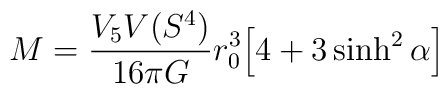
M = \frac{V_5 V(S^{4})}{16 \pi G} r_0^{3}\Big[ 4 + 3 \sinh^2 \alpha \Big]